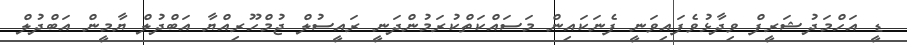
ޑީ އަހްމަދުޝަރީފް ވިދާޅުވެފައިވަނީ ފެނަކައިން މަސައްކަތްކުރަމުންދަނީ ރައީސުލް ޖުމްހޫރިއްޔާ އަބްދުލް ޔާމީން އަބްދުލް